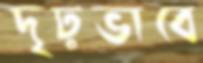
দৃঢ়ভাবে